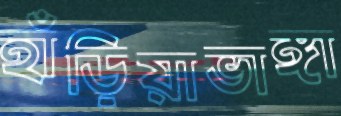
হাঁড়িয়াভাঙ্গা